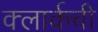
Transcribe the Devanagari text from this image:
क्‍लार्कची